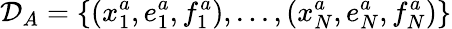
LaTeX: \mathcal{D}_{A}=\{ (x_{1}^{a},e_{1}^{a},f_{1}^{a}),...,(x_{N}^{a},e_{N}^{a},f_{N}^{a})\}